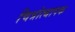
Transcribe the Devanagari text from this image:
चित्रोत्थापक